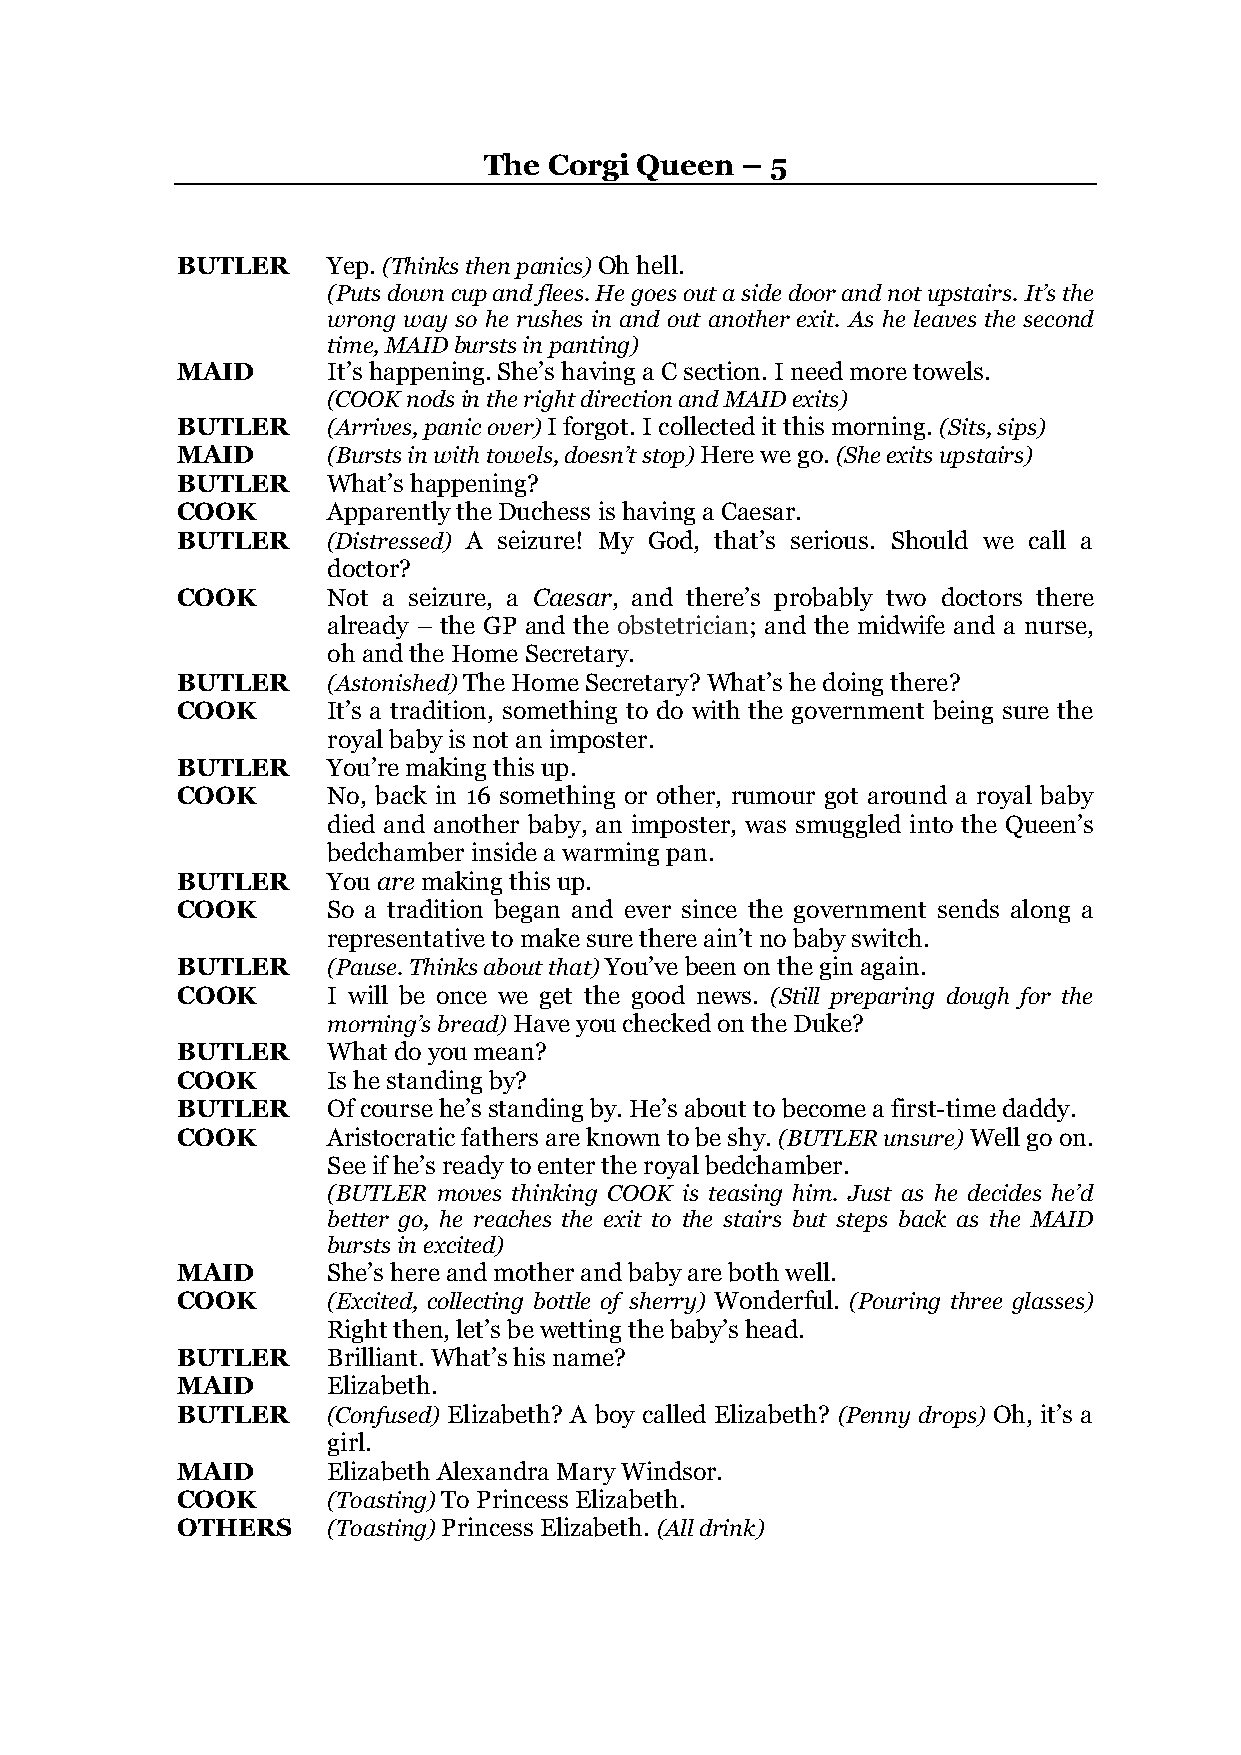
The Corgi Queen  – 5
 BUTLER    Yep. (Thinks then panics) Oh hell.
 (Puts down cup and flees. He goes out a side door and not upstairs. It’s the
 wrong way so he rushes in and out another exit. As he leaves the second
 time, MAID bursts in panting)
 MAID      It’s happening. She’s having a C section. I need more towels.
 (COOK nods in the right direction and MAID exits)
 BUTLER    (Arrives, panic over) I forgot. I collected it this morning. (Sits, sips)
 MAID      (Bursts in with towels, doesn’t stop) Here we go. (She exits upstairs)
 BUTLER    What’s happening?
 COOK      Apparently the Duchess is having a Caesar.
 BUTLER    (Distressed) A seizure! My God, that’s serious. Should we call a
 doctor?
 COOK      Not a seizure, a Caesar, and there’s probably two doctors there
 already – the GP and the obstetrician; and the midwife and a nurse,
 oh and the Home Secretary.
 BUTLER    (Astonished) The Home Secretary? What’s he doing there?
 COOK      It’s a tradition, something to do with the government being sure the
 royal baby is not an imposter.
 BUTLER    You’re making this up.
 COOK      No, back in 16 something or other, rumour got around a royal baby
 died and another baby, an imposter, was smuggled into the Queen’s
 bedchamber inside a warming pan.
 BUTLER    You are making this up.
 COOK      So a tradition began and ever since the government sends along a
 representative to make sure there ain’t no baby switch.
 BUTLER    (Pause. Thinks about that) You’ve been on the gin again.
 COOK      I will be once we get the good news. (Still preparing dough for the
 morning’s bread) Have you checked on the Duke?
 BUTLER    What do you mean?
 COOK      Is he standing by?
 BUTLER    Of course he’s standing by. He’s about to become a first-time daddy.
 COOK      Aristocratic fathers are known to be shy. (BUTLER unsure) Well go on.
 See if he’s ready to enter the royal bedchamber.
 (BUTLER moves thinking COOK is teasing him. Just as he decides he’d
 better go, he reaches the exit to the stairs but steps back as the MAID
 bursts in excited)
 MAID      She’s here and mother and baby are both well.
 COOK      (Excited, collecting bottle of sherry) Wonderful. (Pouring three glasses)
 Right then, let’s be wetting the baby’s head.
 BUTLER    Brilliant. What’s his name?
 MAID      Elizabeth.
 BUTLER    (Confused) Elizabeth? A boy called Elizabeth? (Penny drops) Oh, it’s a
 girl.
 MAID      Elizabeth Alexandra Mary Windsor.
 COOK      (Toasting) To Princess Elizabeth.
 OTHERS    (Toasting) Princess Elizabeth. (All drink)